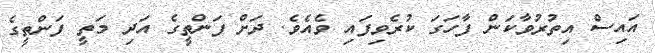
އައިސް އިތުރުވާކަން ފާހަގަ ކުރެވިފައި ވެއެވެ. ދަށް ފަންތީގެ އަދި މަތީ ފަންތީގެ